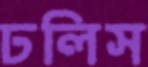
ঢলিস